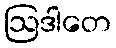
ဩဒါတေ